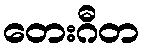
တေးဂီတ